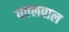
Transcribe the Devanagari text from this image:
धवलपाल